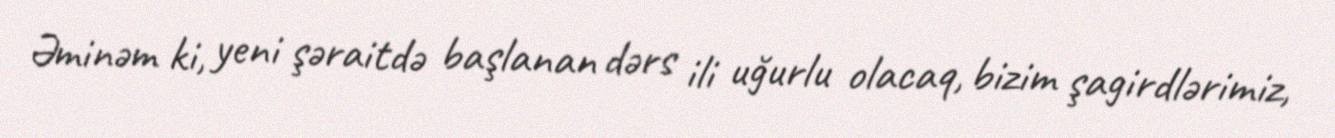
Əminəm ki, yeni şəraitdə başlanan dərs ili uğurlu olacaq, bizim şagirdlərimiz,